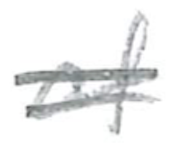
Text: trays
Cross-out: double-line
Writing tool: pencil